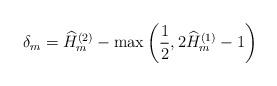
LaTeX: \begin{align*}\delta_m=\widehat{H}_m^{(2)}-\max\left(\frac{1}{2},2\widehat{H}_m^{(1)}-1\right)\end{align*}